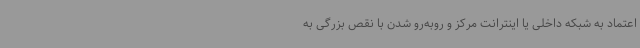
اعتماد به شبکه داخلی یا اینترانت مرکز و روبه‌رو شدن با نقص بزرگی به‌